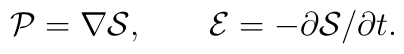
{\cal P} = \nabla {\cal S} , \qquad {\cal E} = -\partial {\cal S}/\partial t.